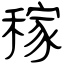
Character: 稼